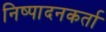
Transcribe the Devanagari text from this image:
निष्‍पादनकर्ता